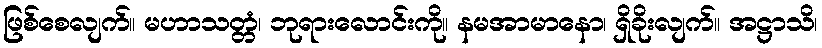
ဖြစ်စေလျက်။ မဟာသတ္တံ၊ ဘုရားလောင်းကို။ နမအာမာနော၊ ရှိခိုးလျက်။ အဋ္ဌာသိ၊